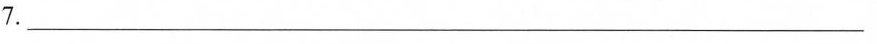
7.___